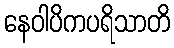
နေဝါပိကပရိသာတိ